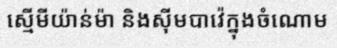
ស្មើមីយ៉ាន់ម៉ា និងស៊ីមបាវ៉េក្នុងចំណោម